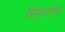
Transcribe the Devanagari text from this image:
सिफनॉस